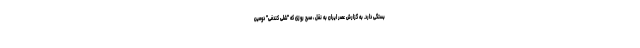
بستگی دارد. به گزارش عصر ایران به نقل ، صبح روزی که "شلی کندفی" دومین